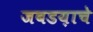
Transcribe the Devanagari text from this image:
जबडय़ाचे